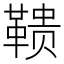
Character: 𱁹